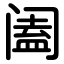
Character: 阖